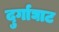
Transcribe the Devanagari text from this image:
दुर्गाघाट